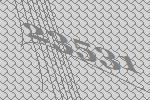
23531